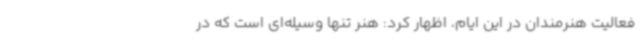
فعالیت هنرمندان در این ایام، اظهار کرد: هنر تنها وسیله‌ای است که در